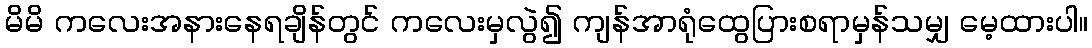
မိမိ ကလေးအနားနေရချိန်တွင် ကလေးမှလွဲ၍ ကျန်အာရုံထွေပြားစရာမှန်သမျှ မေ့ထားပါ။